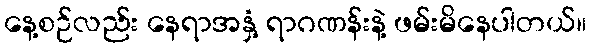
နေ့စဉ်လည်း နေရာအနှံ့ ရာဂဏန်းနဲ့ ဖမ်းမိနေပါတယ်။